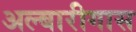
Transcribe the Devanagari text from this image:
अल्बारीगास